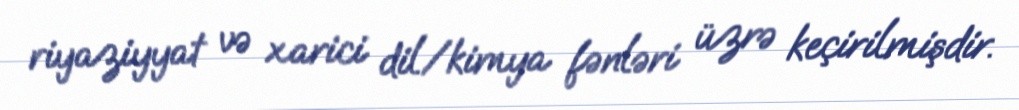
riyaziyyat və xarici dil/kimya fənləri üzrə keçirilmişdir.